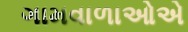
ગામવાળાઓએ